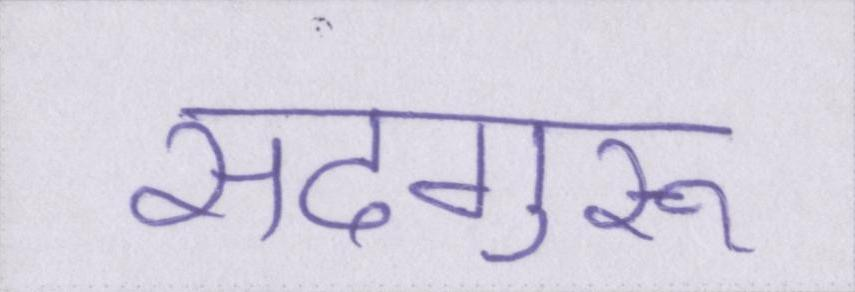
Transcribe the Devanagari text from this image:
सदगुरू